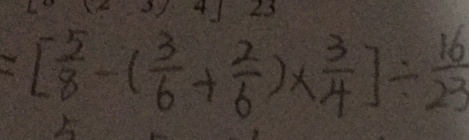
= [ \frac { 5 } { 8 } - ( \frac { 3 } { 6 } + \frac { 2 } { 6 } ) \times \frac { 3 } { 4 } ] \div \frac { 1 6 } { 2 3 }